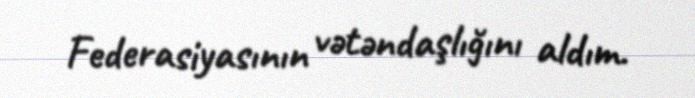
Federasiyasının vətəndaşlığını aldım.